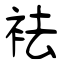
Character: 袪